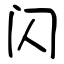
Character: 闪